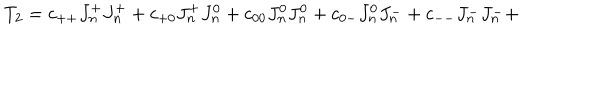
T _ { 2 } = c _ { + + } J _ { n } ^ { + } J _ { n } ^ { + } + c _ { + 0 } J _ { n } ^ { + } J _ { n } ^ { 0 } + c _ { 0 0 } J _ { n } ^ { 0 } J _ { n } ^ { 0 } + c _ { 0 - } J _ { n } ^ { 0 } J _ { n } ^ { - } + c _ { -- } J _ { n } ^ { - } J _ { n } ^ { - } +